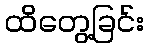
ထိတွေ့ခြင်း